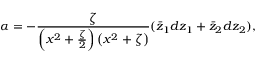
\alpha = - { \frac { \zeta } { \left( x ^ { 2 } + { \frac { \zeta } { 2 } } \right) \left( x ^ { 2 } + \zeta \right) } } ( \bar { z } _ { 1 } d z _ { 1 } + \bar { z } _ { 2 } d z _ { 2 } ) ,